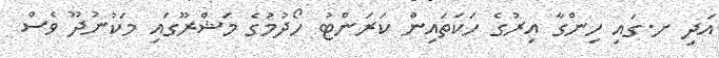
އަދި ށ.ގައި ހިންގާ އިރުގެ ހަކަތައިން ކަރަންޓު ހޯދުމުގެ މަޝްރޫގައި މަކުނުދޫ ވެސް